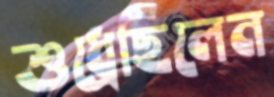
শুধ্‌রেছিলেন